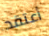
أعتقد